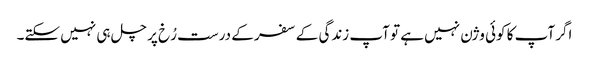
اگر آپ کا کوئی وژن نہیں ہے تو آپ زندگی کے سفر کے درست رُخ پر چل ہی نہیں سکتے۔